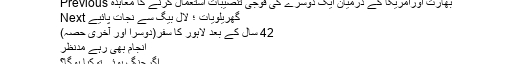
Previous بھارت اورامریکا کے درمیان ایک دوسرے کی فوجی تنصیبات استعمال کرنے کا معاہدہ
Next گھریلویات ؛ لال بیگ سے نجات پائیے
42 سال کے بعد لاہور کا سفر(دوسرا اور آخری حصہ)
انجام بھی رہے مدنظر
اگرجنگ ہوئی توکیا ہوگا؟